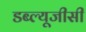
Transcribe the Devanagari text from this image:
डब्ल्यूजीसी